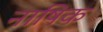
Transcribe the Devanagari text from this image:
नाषिक